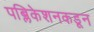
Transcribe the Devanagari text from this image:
पब्लिकेशनकडून